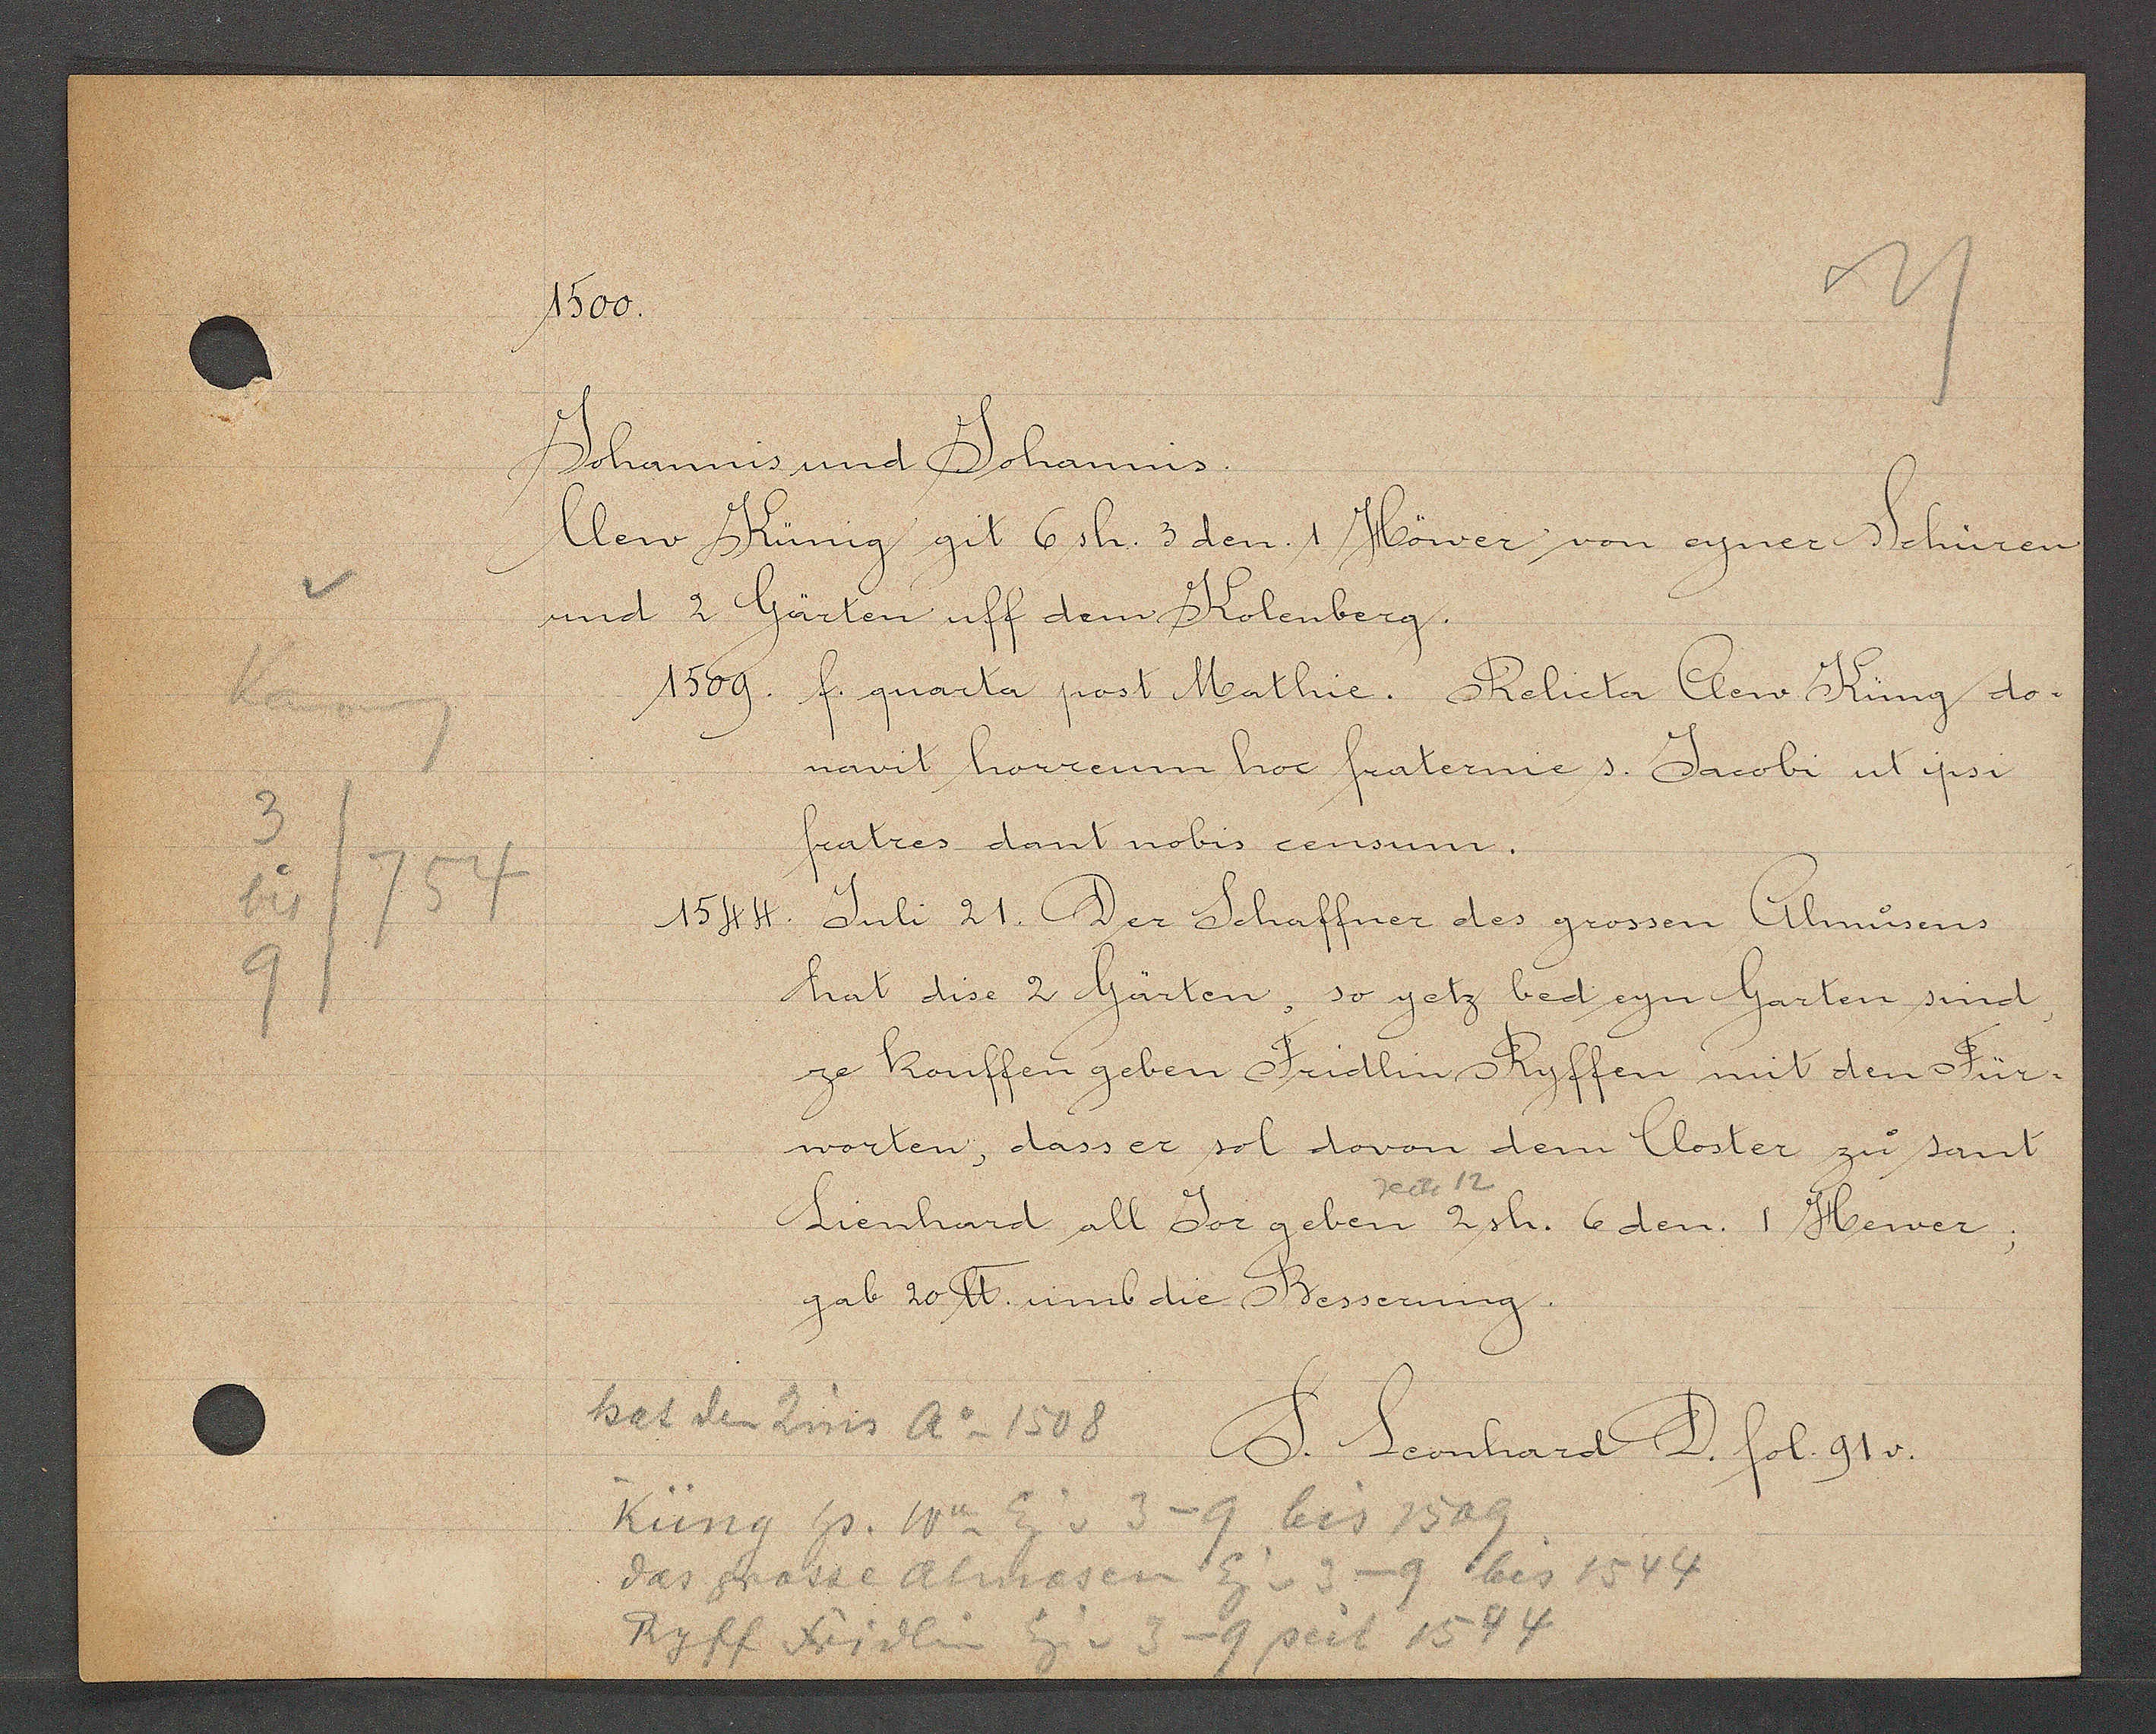
Transcript:
Kolenbrg
3
754
bis
9

1500.

Johannis und Johannis.
Clew Künig git 6 sh. 3 den 1 Höwer von eyner Schüren
und 2 Gärten uff dem Kolenberg.
1509 f. quarta post Mathie. Relicta Clew Küng do¬
navit horreum hor fraternie s. Jacobi ut psi
fratres dant nobis censum.
1544 Juli 21. Der Schaffner des grossen Almusens
hat dise 2 Gärten, so yetz bed eyn Garten sind
ze kouffen geben Fridlin Ryffen mit den Für¬
worten, dass er sol dovon dem Closter zu sant
recte 12
Lienhard all Jor geben 2 sh. 6den. 1 Hewer;
gab 20 ℔ umb die Besserung.

hat den Zins ao 1508
Küng hs. Ww Eig v 3-9 bis 1509
9 bis 1544
das grosse Almosen Eig v 3hässe Alasen Eg v. 3
Eig v 3- 9 seit 1544
Ryff Fridlin

S. Leonhard D. fol. 91 v.